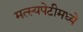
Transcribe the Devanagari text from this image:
मत्स्यपेटीमध्ये